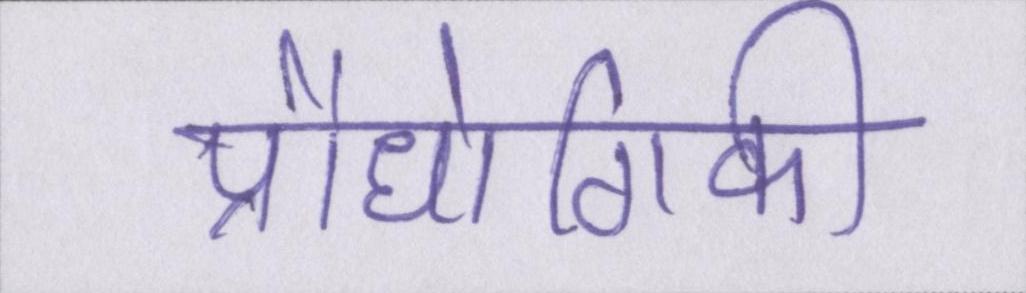
प्रौधोगिकी